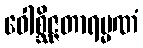
ဝေါစ္ဆိဇ္ဇတာရမ္မဏံ